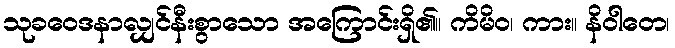
သုခဝေဒနာလျှင်နီးစွာသော အကြောင်းရှိ၏။ ကိမိဝ၊ ကား။ နိဝါတေ၊